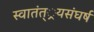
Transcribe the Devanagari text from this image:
स्वातंत््रयसंघर्ष